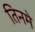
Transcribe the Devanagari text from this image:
तिनमे